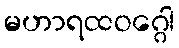
မဟာရထဝဂ္ဂေါ